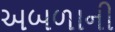
અબળાની